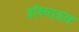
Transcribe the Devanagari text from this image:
हॉस्पाइस